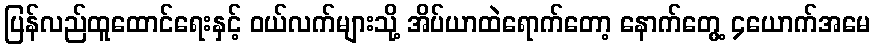
ပြန်လည်ထူထောင်ရေးနှင့် ဝယ်လက်များသို့ အိပ်ယာထဲရောက်တော့ နောက်တွေ့ ၄ယောက်အမေ